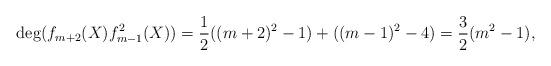
LaTeX: \begin{align*}\deg (f_{m+2}(X)f_{m-1}^2(X)) = \frac{1}{2}((m+2)^2-1) + ((m-1)^2-4) = \frac{3}{2} (m^2 - 1),\end{align*}